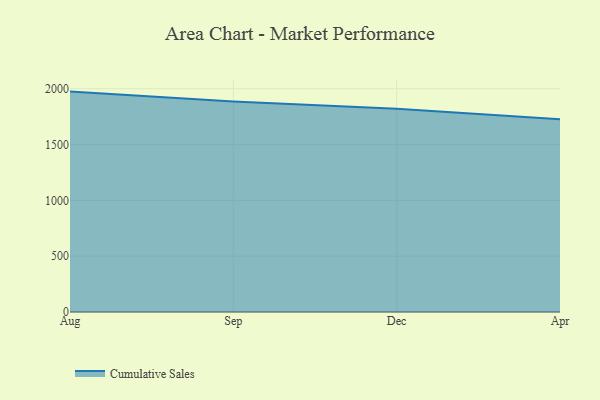
{"axis": {"x": "Month", "y": "Humidity (%)"}, "legend": ["Cumulative Sales"], "data": [{"x": "Aug", "y": 1974.5, "type": "Cumulative Sales"}, {"x": "Sep", "y": 1886.7, "type": "Cumulative Sales"}, {"x": "Dec", "y": 1821.8, "type": "Cumulative Sales"}, {"x": "Apr", "y": 1726.4, "type": "Cumulative Sales"}]}